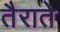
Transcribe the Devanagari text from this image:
तैराते